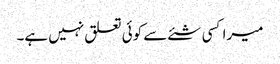
میرا کسی شئے سے کوئی تعلق نہیں ہے۔